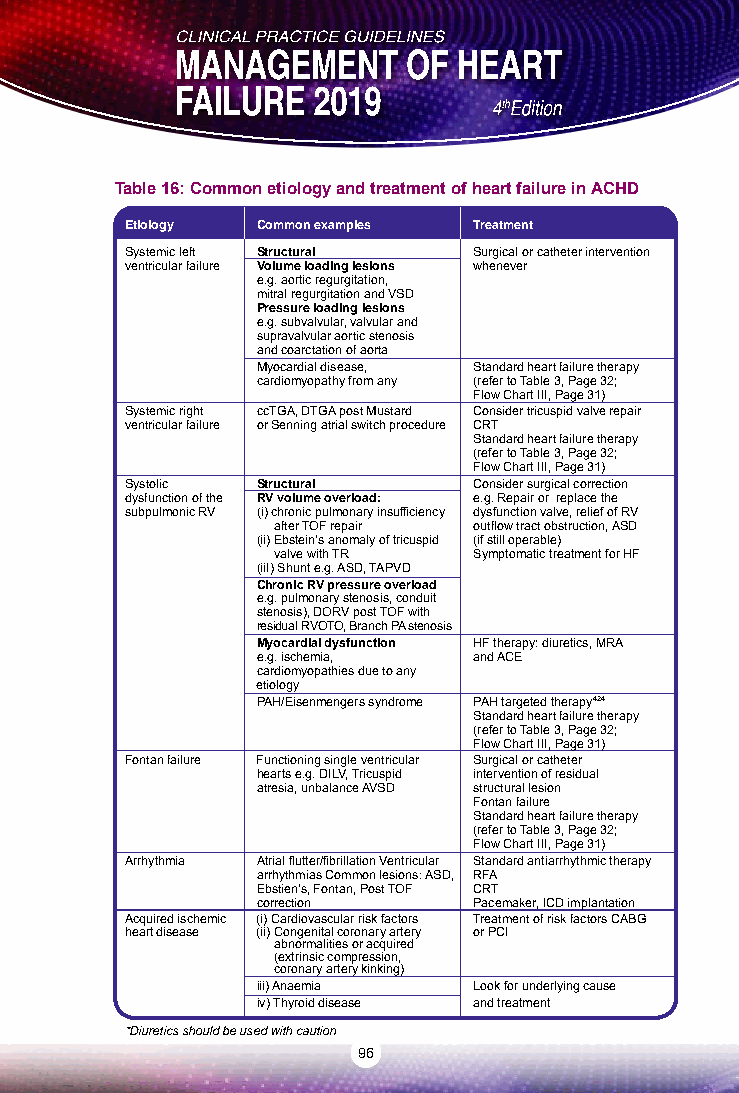
Table 16: Common etiology and treatment of heart failure in ACHD
 Etiology Common examples Treatment
 Systemic left Structural Surgical or catheter intervention
 ventricular failure Volume loading lesions whenever
 e.g. aortic regurgitation,
 mitral regurgitation and VSD
 Pressure loading lesions
 e.g. subvalvular, valvular and
 supravalvular aortic stenosis
 and coarctation of aorta
 Myocardial disease, Standard heart failure therapy
 cardiomyopathy from any (refer to Table 3, Page 32;
 Flow Chart III, Page 31)
 Systemic right ccTGA, DTGA post Mustard Consider tricuspid valve repair
 ventricular failure or Senning atrial switch procedure CRT
 Standard heart failure therapy
 (refer to Table 3, Page 32;
 Flow Chart III, Page 31)
 Systolic Structural    Consider surgical correction
 dysfunction of the RV volume overload: e.g. Repair or replace the
 subpulmonic RV (i) chronic pulmonary insufficiency dysfunction valve, relief of RV
 after TOF repair outflow tract obstruction, ASD
 (ii) Ebstein’s anomaly of tricuspid (if still operable)
 valve with TR Symptomatic treatment for HF
 (iiI) Shunt e.g. ASD, TAPVD
 Chronic RV pressure overload
 e.g. pulmonary stenosis, conduit
 stenosis), DORV post TOF with
 residual RVOTO, Branch PA stenosis
 Myocardial dysfunction HF therapy: diuretics, MRA
 e.g. ischemia, and ACE
 cardiomyopathies due to any
 etiology
 PAH/Eisenmengers syndrome PAH targeted therapy424
 Standard heart failure therapy
 (refer to Table 3, Page 32;
 Flow Chart III, Page 31)
 Fontan failure Functioning single ventricular Surgical or catheter
 hearts e.g. DILV, Tricuspid intervention of residual
 atresia, unbalance AVSD structural lesion
 Fontan failure
 Standard heart failure therapy
 (refer to Table 3, Page 32;
 Flow Chart III, Page 31)
 Arrhythmia Atrial flutter/fibrillation Ventricular Standard antiarrhythmic therapy
 arrhythmias Common lesions: ASD, RFA
 Ebstien's, Fontan, Post TOF CRT
 correction    Pacemaker, ICD implantation
 Acquired ischemic (i) Cardiovascular risk factors Treatment of risk factors CABG
 heart disease (ii) Congenital coronary artery or PCI
 abnormalities or acquired
 (extrinsic compression,
 coronary artery kinking)
 iii) Anaemia  Look for underlying cause
 iv) Thyroid disease and treatment
 *Diuretics should be used with caution
 96